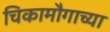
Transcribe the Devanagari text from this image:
चिकामौगाच्या